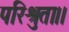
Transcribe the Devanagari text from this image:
परिश्रुता।।